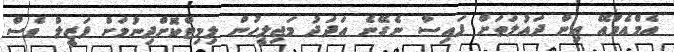
އެމްއެމްއޭ އިން ދައުލަތަށް ފައިސާ ނެގޭނެ އަދަދު މަޖިލީހުން ލިމިޓްކޮށްދިނުމަށް ފަޒީލް ވެސް